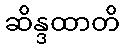
ဆိန္ဒထာတိ